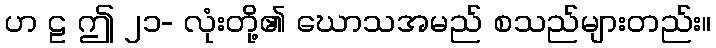
ဟ ဠ ဤ ၂၁- လုံးတို့၏ ဃောသအမည် စသည်များတည်း။